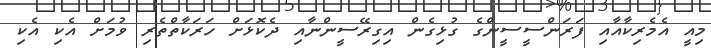
މިއީ އެމެރިކާއާއި ފަރަންސީސީންގެ ގުޅިގެން އިގިރޭސީންނާއި ދެކޮޅަށް ހަރަކާތްތެރި ވުމަށް އެކި އެކި